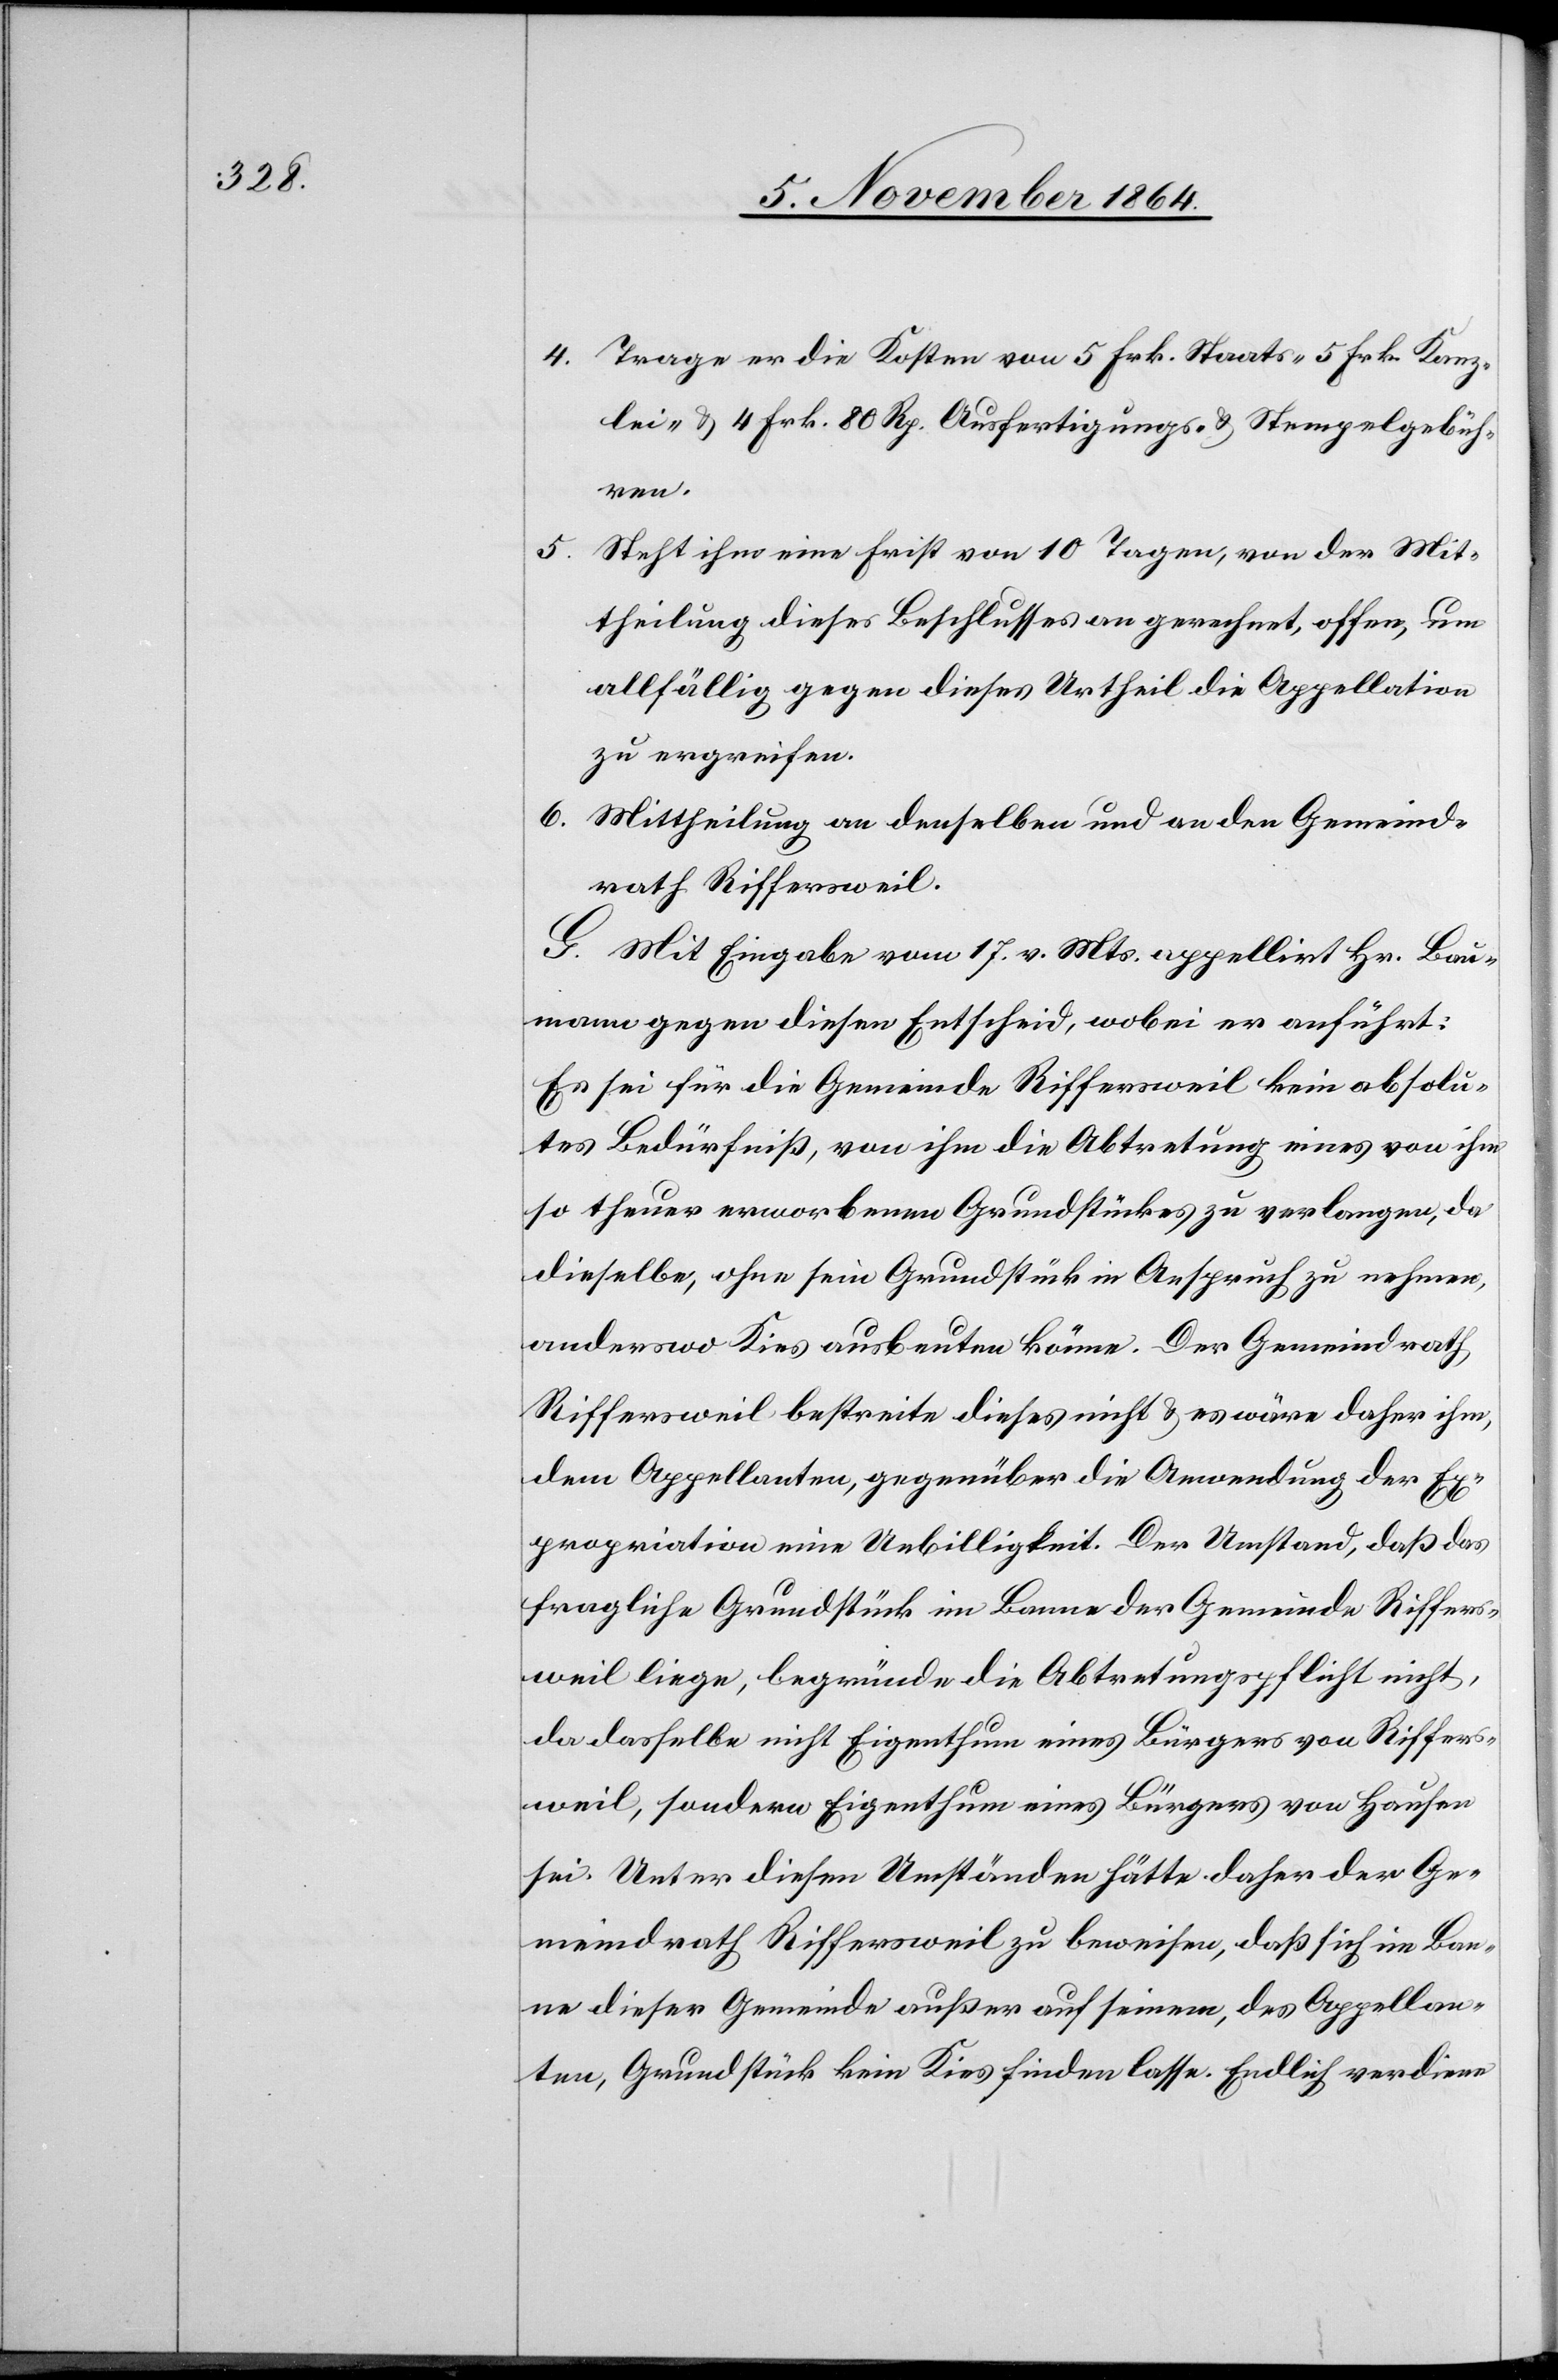
4. Tage er die Kosten von 5 Frk. Staats- 5 Frk. Kanz¬
lei- & 4 Frk. 80 Rp. Ausfertigungs- & Stempelgebüh¬
ren.
5. Steht ihm eine Frist von 10 Tagen, von der Mit¬
theilung dieses Beschlusses an gerechnet, offen, um
allfällig gegen dieses Urtheil die Appellation
zu ergreifen.
6. Mittheilung an denselben und an den Gemeind¬
rath Riffersweil.
G. Mit Eingabe vom 17. v. Mts. appellirt Hr. Bau¬
mann gegen diesen Entscheid, wobei er anführt:
Es sei für die Gemeinde Riffersweil kein absolu¬
tes Bedürfniß, von ihm die Abtretung eines von ihm
so theuer erworbenen Grundstückes zu verlangen, da
dieselbe, ohne sein Grundstück in Anspruch zu nehmen,
anderswo Kies ausbeuten könne. Der Gemeindrath
Riffersweil bestreite dieses nicht & es wäre daher ihm,
dem Appellanten, gegenüber die Anwendung der Ex¬
propriation eine Unbilligkeit. Der Umstand, daß das
fragliche Grundstück im Banne der Gemeinde Riffers¬
weil liege, begründe die Abtretungspflicht nicht,
da dasselbe nicht Eigenthum eines Bürgers von Riffers¬
weil, sondern Eigenthum eines Bürgers von Hausen
sei. Unter diesen Umständen hätte daher der Ge¬
meindrath Riffersweil zu beweisen, daß sich im Ban¬
ne dieser Gemeinde außer auf seinem, des Appellan¬
ten, Grundstück kein Kies finden lasse. Endlich verdiene